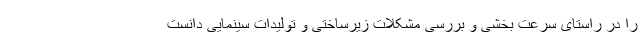
را در راستای سرعت بخشی و بررسی مشکلات زیرساختی و تولیدات سینمایی دانست